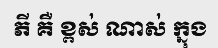
ភី គឺ ខ្ពស់ ណាស់ ក្នុង